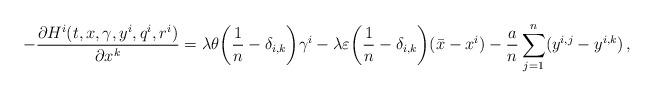
LaTeX: \begin{align*}-\frac{\partial H^i(t,x,\gamma,y^i,q^i,r^i)}{\partial x^k}=\lambda\theta\bigg(\frac{1}{n}-\delta_{i,k}\bigg) \gamma^i-\lambda\varepsilon\bigg(\frac{1}{n}-\delta_{i,k}\bigg)(\bar x-x^i)-\frac{a}{n}\sum_{j=1}^n (y^{i,j}-y^{i,k})\,,\end{align*}